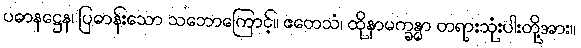
ပဓာနဋ္ဌေန၊ ပြဓာန်းသော သဘောကြောင့်။ ဧတေသံ၊ ထိုနာမက္ခန္ဓာ တရားသုံးပါးတို့အား။